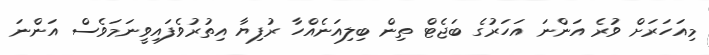
މިއަހަރަށް ވުރެ އަންނަ އަހަރުގެ ބަޖެޓް ތިން ބިލިއަނެއްހާ ރުފިޔާ އިތުރުވެފައިވީނަމަވެސް އަންނަ